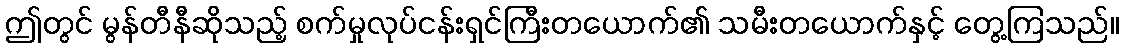
ဤတွင် မွန်တီနီဆိုသည့် စက်မှုလုပ်ငန်းရှင်ကြီးတယောက်၏ သမီးတယောက်နှင့် တွေ့ကြသည်။